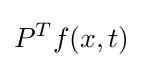
P^{T}f(x,t)